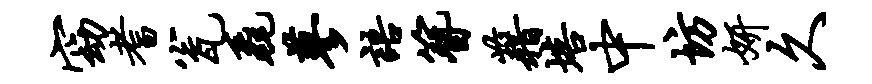
窈耆瓮毳蓼语簪藉培中坊妍久